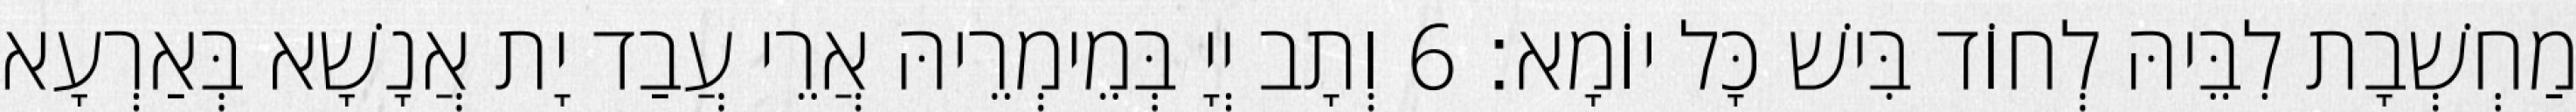
מַחְשְׁבָת לִבֵּיהּ לְחוֹד בִּישׁ כָּל יוֹמָא׃ 6 וְתָב יְיָ בְּמֵימְרֵיהּ אֲרֵי עֲבַד יָת אֲנָשָׁא בְּאַרְעָא